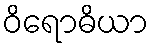
ဝိရောဓိယာ